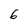
Character: 6